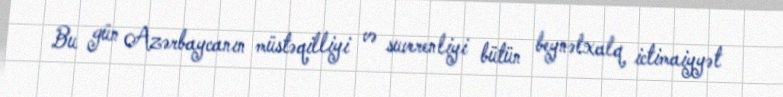
Bu gün Azərbaycanın müstəqilliyi və suverenliyi bütün beynəlxalq ictimaiyyət